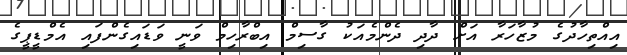
އިއްތިހާދުގެ މުޒާހަރާ އަށް ދާދި ދެންމެއަކު ގާސިމް އިބްރާހިމް ވަނީ ވަޑައިގެންފައި އެމްޑީޕީގެ